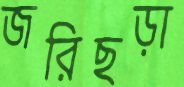
জরিছড়া